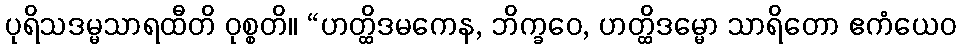
ပုရိသဒမ္မသာရထီတိ ဝုစ္စတိ။ “ဟတ္ထိဒမကေန, ဘိက္ခဝေ, ဟတ္ထိဒမ္မော သာရိတော ဧကံယေဝ